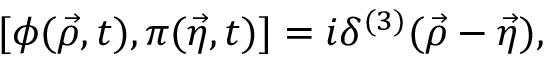
[ \phi ( { \vec { \rho } } , t ) , \pi ( { \vec { \eta } } , t ) ] = i \delta ^ { ( 3 ) } ( { \vec { \rho } } - { \vec { \eta } } ) ,